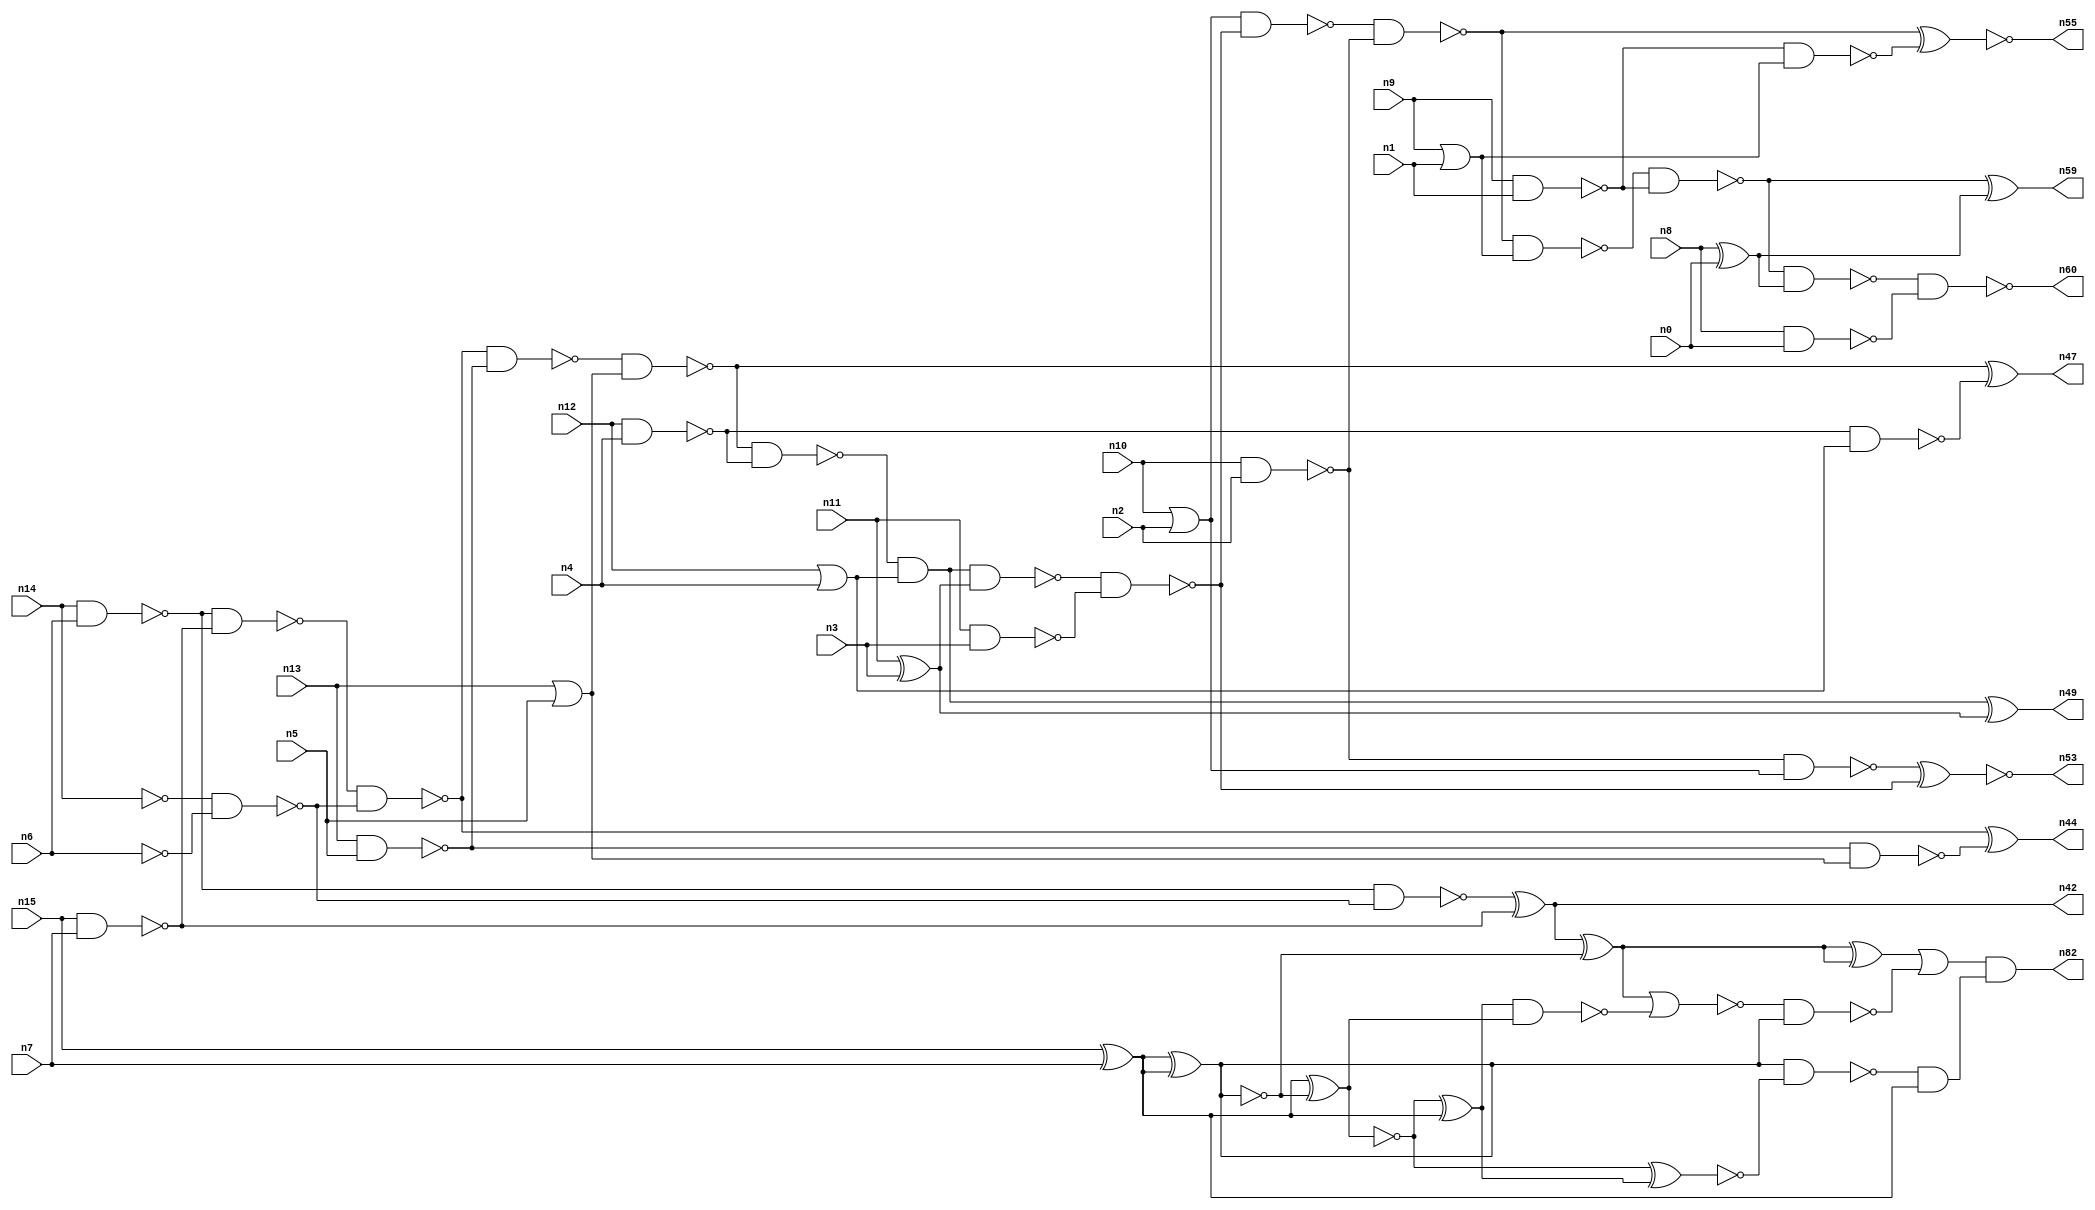
// This program was cloned from: https://github.com/umar-afzaal/ReCkt
// License: MIT License

// This file contains a pareto-optimal circuit with respect to pdp and the fault-resilince parameter p_fault which is defined as:
// "For all input vectors, the ratio of the no. of faults observable at the POs to the no. of total possible faults in the circuit".
// This code is part of the ReCkt library (https://github.com/umar-afzaal/ReCkt) distributed under The MIT License.
// When used, please cite the following article(s):
// U. Afzaal, A.S. Hassan, M. Usman and J.A. Lee, "On the Evolutionary Synthesis of Increased Fault-resilience Arithmetic Circuits".

// p_fault = 78.3 %    (Lower is better)
// gates = 61.0
// levels = 15
// area = 77.95    (For MCNC library relative to nand2)
// power = 409.7 uW    (Berkely-SIS for MCNC library @ Vdd=5V and 20 MHz clock)
// delay = 15.9 ns    (Berkely-ABC for MCNC library)
// PDP = 6.51423e-12 J

// Pin mapping:
// {n0, n1, n2, n3, n4, n5, n6, n7} = A[7:0]
// {n8, n9, n10, n11, n12, n13, n14, n15} = B[7:0]
// {n60, n59, n55, n53, n49, n47, n44, n42, n82} = O[8:0]

module addr8u_pdp_20 (
n0, n1, n2, n3, n4, n5, n6, n7, n8, n9, n10, n11, n12, n13, n14, n15, 
n60, n59, n55, n53, n49, n47, n44, n42, n82
);

input n0, n1, n2, n3, n4, n5, n6, n7, n8, n9, n10, n11, n12, n13, n14, n15;
output n60, n59, n55, n53, n49, n47, n44, n42, n82;
wire n30, n24, n52, n61, n46, n63, n68, n69, n79, n18, n74, n17, n65, n51, n45, n36, n20, n37, n56, n23, 
n16, n40, n48, n62, n66, n21, n25, n41, n54, n67, n27, n33, n28, n58, n22, n38, n39, n57, n71, n31, 
n70, n19, n34, n32, n26, n50, n77, n43, n29, n64, n72, n35;

nand (n16, n9, n1);
not (n17, n6);
or (n18, n12, n4);
xor (n19, n8, n0);
or (n20, n10, n2);
xor (n21, n11, n3);
nor (n22, n9, n1);
nand (n23, n12, n4);
nand (n24, n14, n6);
nand (n25, n15, n7);
xor (n26, n15, n7);
not (n27, n14);
nand (n28, n11, n3);
nand (n29, n10, n2);
or (n30, n13, n5);
nand (n31, n13, n5);
nand (n32, n8, n0);
nand (n33, n23, n18);
nand (n34, n27, n17);
not (n35, n22);
nand (n36, n31, n30);
nand (n37, n24, n25);
nand (n38, n29, n20);
nand (n39, n37, n34);
nand (n40, n24, n34);
nand (n41, n16, n35);
xor (n42, n40, n25);
nand (n43, n39, n31);
xor (n44, n39, n36);
nand (n45, n43, n30);
nand (n46, n45, n23);
xor (n47, n45, n33);
and (n48, n46, n18);
xor (n49, n48, n21);
nand (n50, n48, n21);
nand (n51, n50, n28);
nand (n52, n20, n51);
xnor (n53, n38, n51);
nand (n54, n52, n29);
xnor (n55, n54, n41);
nand (n56, n54, n35);
nand (n57, n56, n16);
nand (n58, n57, n19);
xor (n59, n57, n19);
nand (n60, n58, n32);
xnor (n61, n26, n26);
xnor (n62, n26, n26);
xor (n63, n26, n61);
xnor (n64, n26, n61);
not (n65, n62);
xor (n66, n64, n26);
xnor (n67, n64, n66);
xor (n68, n42, n62);
nand (n69, n66, n63);
nand (n70, n65, n67);
nor (n71, n68, n69);
and (n72, n70, n26);
xor (n74, n68, n68);
nand (n77, n71, n65);
or (n79, n74, n77);
and (n82, n79, n72);

endmodule